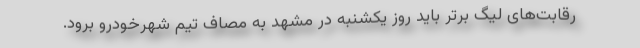
رقابت‌های لیگ برتر باید روز یکشنبه در مشهد به مصاف تیم شهرخودرو برود.